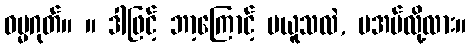
ဓမ္မဂုတ်။ ။ ဒါဖြင့် ဘာ့ကြောင့် မယူသလဲ, မအပ်လို့လား။